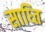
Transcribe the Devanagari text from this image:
साध्ति